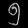
Digit: ၅